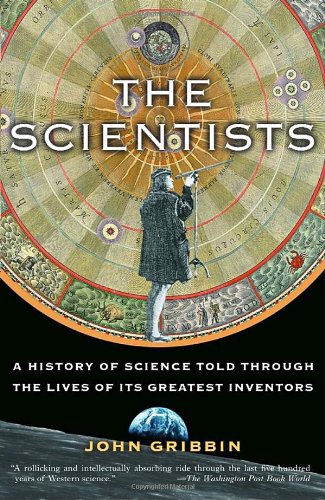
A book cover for The Scientists: A History of Science Told Through the Lives of Its Greatest Inventors; John Gribbin; Politics & Social Sciences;